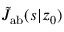
\tilde { J } _ { \mathrm { { a b } } } ( s | z _ { 0 } )